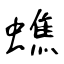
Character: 蟭